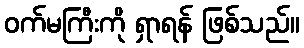
ဝက်မကြီးကို ရှာရန် ဖြစ်သည်။